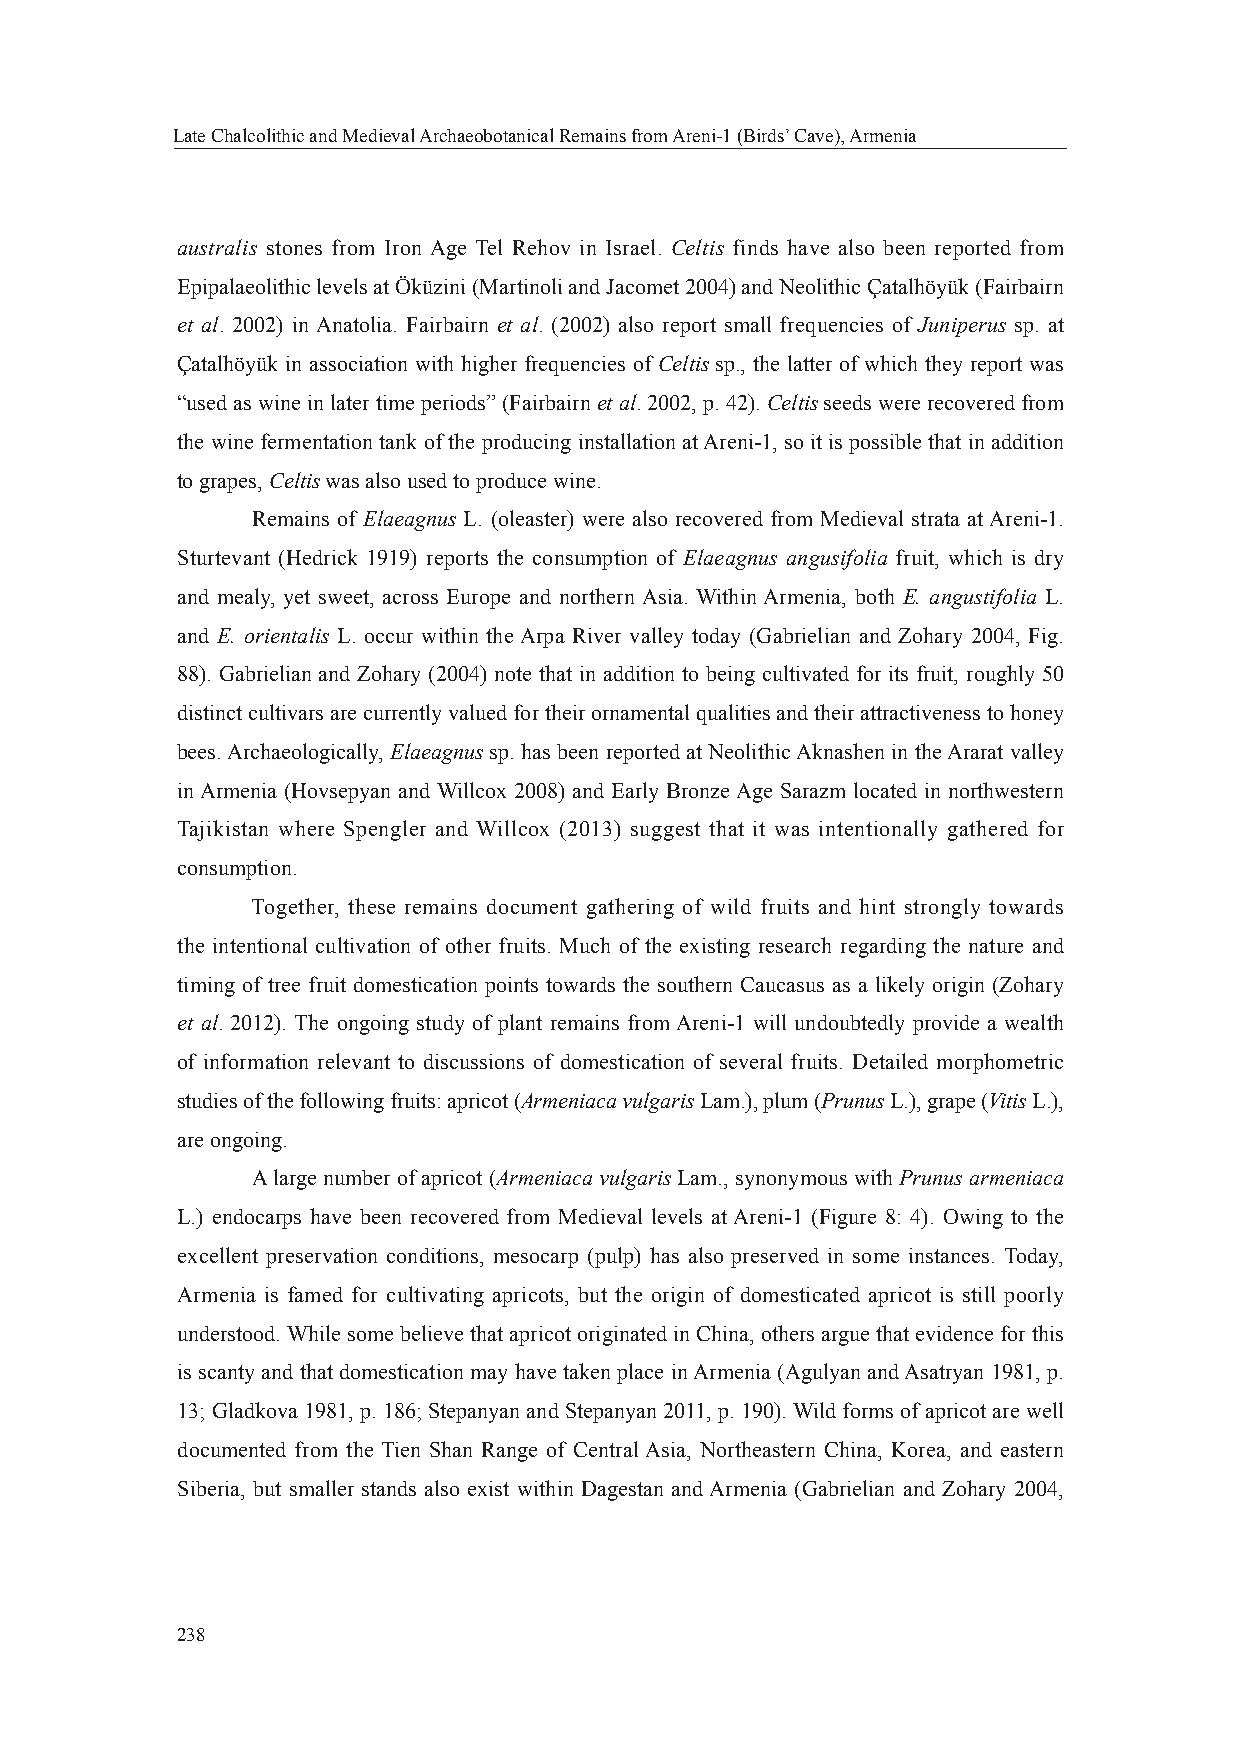
Late Chalcolithic and Medieval Archaeobotanical Remains from Areni-1 (Birds’ Cave), Armenia
 australis stones from Iron Age Tel Rehov in Israel. Celtis finds have also been reported from
 Epipalaeolithic levels at Öküzini (Martinoli and Jacomet 2004) and Neolithic Çatalhöyük (Fairbairn
 et al. 2002) in Anatolia. Fairbairn et al. (2002) also report small frequencies of Juniperus sp. at
 Çatalhöyük in association with higher frequencies of Celtis sp., the latter of which they report was
 “used as wine in later time periods” (Fairbairn et al. 2002, p. 42). Celtis seeds were recovered from
 the wine fermentation tank of the producing installation at Areni-1, so it is possible that in addition
 to grapes, Celtis was also used to produce wine.
 Remains of Elaeagnus L. (oleaster) were also recovered from Medieval strata at Areni-1.
 Sturtevant (Hedrick 1919) reports the consumption of Elaeagnus angusifolia fruit, which is dry
 and mealy, yet sweet, across Europe and northern Asia. Within Armenia, both E. angustifolia L.
 and E. orientalis L. occur within the Arpa River valley today (Gabrielian and Zohary 2004, Fig.
 88). Gabrielian and Zohary (2004) note that in addition to being cultivated for its fruit, roughly 50
 distinct cultivars are currently valued for their ornamental qualities and their attractiveness to honey
 bees. Archaeologically, Elaeagnus sp. has been reported at Neolithic Aknashen in the Ararat valley
 in Armenia (Hovsepyan and Willcox 2008) and Early Bronze Age Sarazm located in northwestern
 Tajikistan where Spengler and Willcox (2013) suggest that it was intentionally gathered for
 consumption.
 Together, these remains document gathering of wild fruits and hint strongly towards
 the intentional cultivation of other fruits. Much of the existing research regarding the nature and
 timing of tree fruit domestication points towards the southern Caucasus as a likely origin (Zohary
 et al. 2012). The ongoing study of plant remains from Areni-1 will undoubtedly provide a wealth
 of information relevant to discussions of domestication of several fruits. Detailed morphometric
 studies of the following fruits: apricot (Armeniaca vulgaris Lam.), plum (Prunus L.), grape (Vitis L.),
 are ongoing.
 A large number of apricot (Armeniaca vulgaris Lam., synonymous with Prunus armeniaca
 L.) endocarps have been recovered from Medieval levels at Areni-1 (Figure 8: 4). Owing to the
 excellent preservation conditions, mesocarp (pulp) has also preserved in some instances. Today,
 Armenia is famed for cultivating apricots, but the origin of domesticated apricot is still poorly
 understood. While some believe that apricot originated in China, others argue that evidence for this
 is scanty and that domestication may have taken place in Armenia (Agulyan and Asatryan 1981, p.
 13; Gladkova 1981, p. 186; Stepanyan and Stepanyan 2011, p. 190). Wild forms of apricot are well
 documented from the Tien Shan Range of Central Asia, Northeastern China, Korea, and eastern
 Siberia, but smaller stands also exist within Dagestan and Armenia (Gabrielian and Zohary 2004,
 238